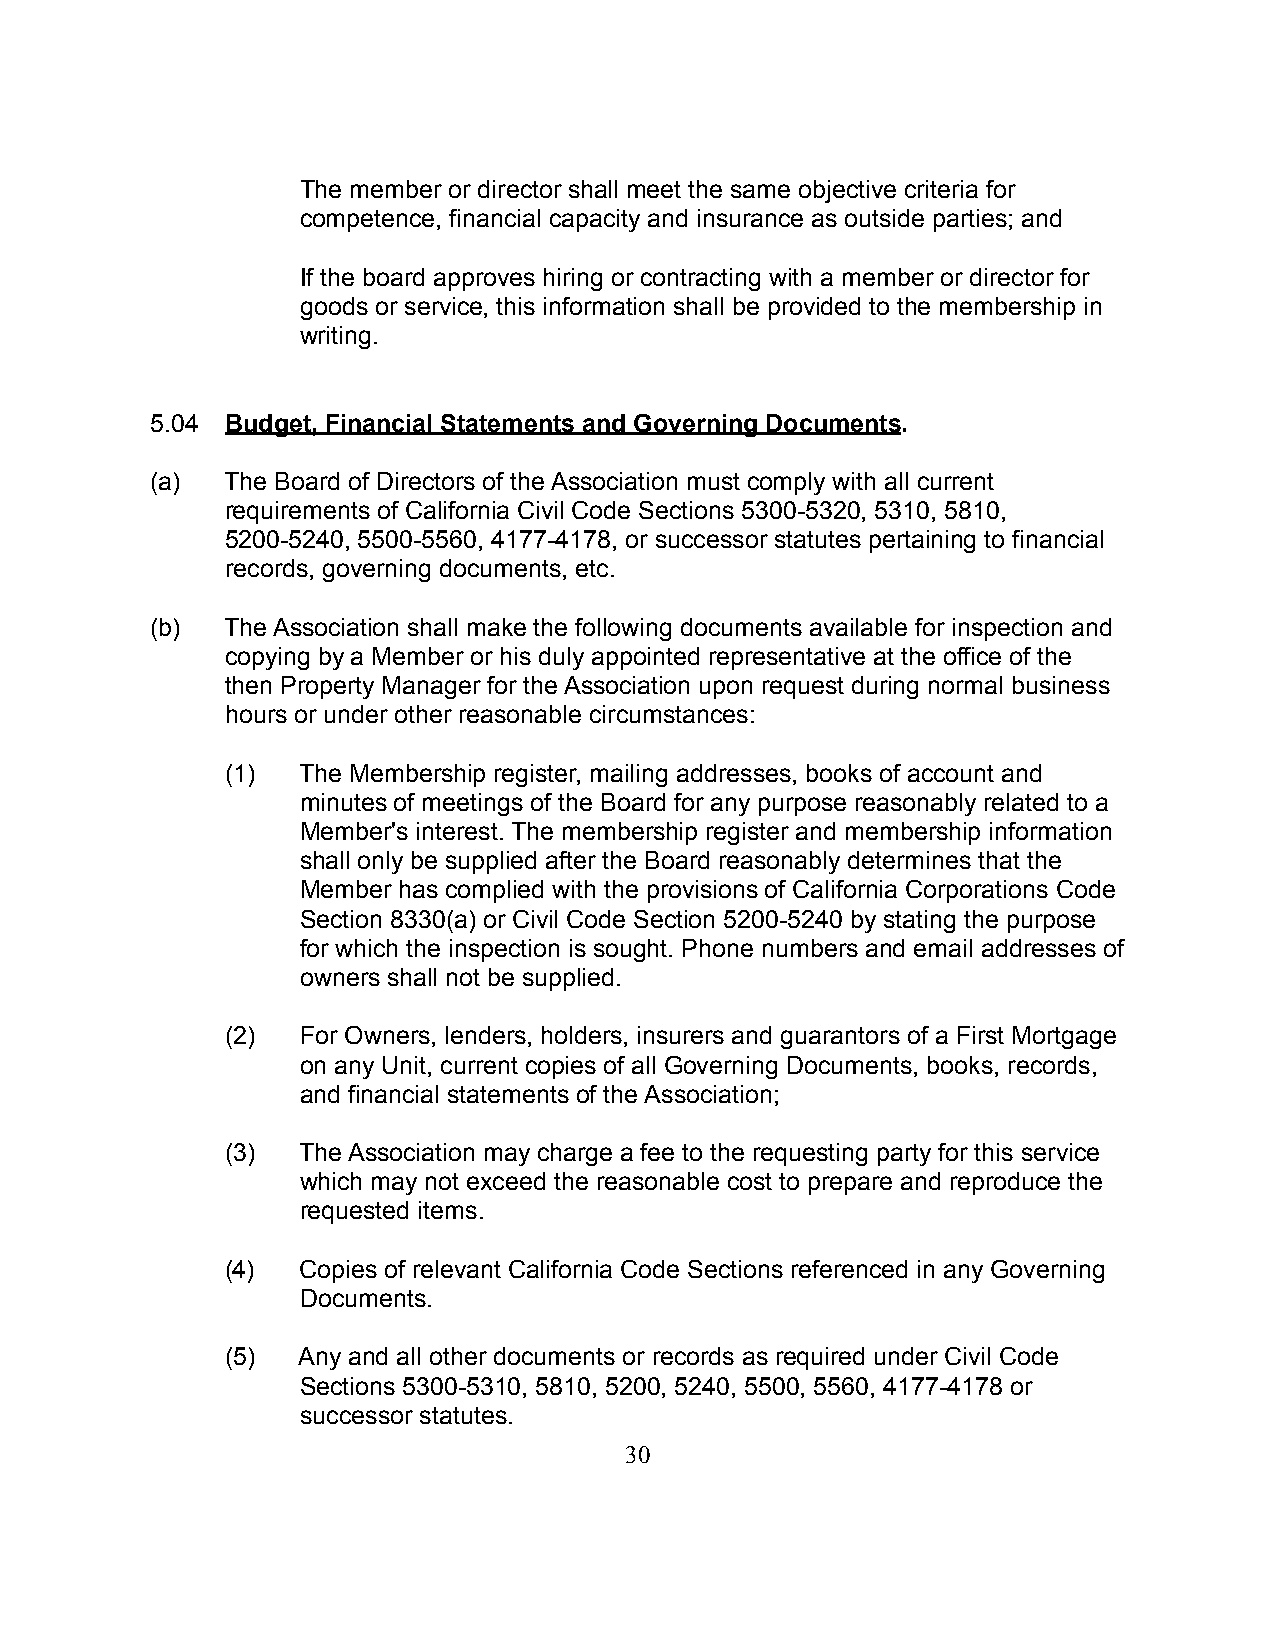
The member or director shall meet the same objective criteria for
 competence, financial capacity and insurance as outside parties; and
 If the board approves hiring or contracting with a member or director for
 goods or service, this information shall be provided to the membership in
 writing.
 5.04 Budget, Financial Statements and Governing Documents.
 (a)  The Board of Directors of the Association must comply with all current
 requirements of California Civil Code Sections 5300-5320, 5310, 5810,
 5200-5240, 5500-5560, 4177-4178, or successor statutes pertaining to financial
 records, governing documents, etc.
 (b)  The Association shall make the following documents available for inspection and
 copying by a Member or his duly appointed representative at the office of the
 then Property Manager for the Association upon request during normal business
 hours or under other reasonable circumstances:
 (1)  The Membership register, mailing addresses, books of account and
 minutes of meetings of the Board for any purpose reasonably related to a
 Member's interest. The membership register and membership information
 shall only be supplied after the Board reasonably determines that the
 Member has complied with the provisions of California Corporations Code
 Section 8330(a) or Civil Code Section 5200-5240 by stating the purpose
 for which the inspection is sought. Phone numbers and email addresses of
 owners shall not be supplied.
 (2)  For Owners, lenders, holders, insurers and guarantors of a First Mortgage
 on any Unit, current copies of all Governing Documents, books, records,
 and financial statements of the Association;
 (3)  The Association may charge a fee to the requesting party for this service
 which may not exceed the reasonable cost to prepare and reproduce the
 requested items.
 (4)  Copies of relevant California Code Sections referenced in any Governing
 Documents.
 (5)  Any and all other documents or records as required under Civil Code
 Sections 5300-5310, 5810, 5200, 5240, 5500, 5560, 4177-4178 or
 successor statutes.
 30